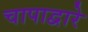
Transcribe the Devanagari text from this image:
चापाद्वारे